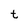
Character: t